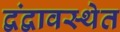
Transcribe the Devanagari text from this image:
द्वंद्वावस्थेत